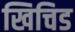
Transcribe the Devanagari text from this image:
खिचिड